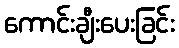
ကောင်းချီးပေးခြင်း